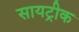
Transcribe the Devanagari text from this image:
सायट्रीक